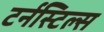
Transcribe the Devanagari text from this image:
टर्नस्टिल्स